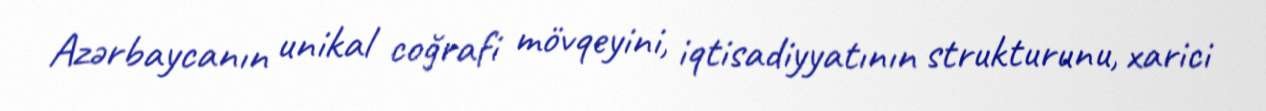
Azərbaycanın unikal coğrafi mövqeyini, iqtisadiyyatının strukturunu, xarici